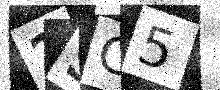
Text: 2SC5